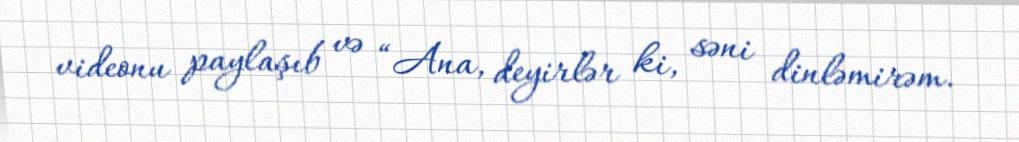
videonu paylaşıb və “Ana, deyirlər ki, səni dinləmirəm.